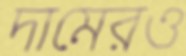
দামেরও